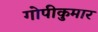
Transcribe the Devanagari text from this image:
गोपीकुमार